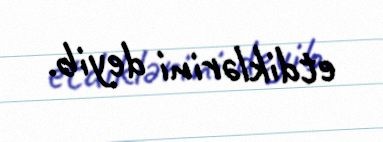
etdiklərini deyib.